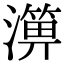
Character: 𤀥